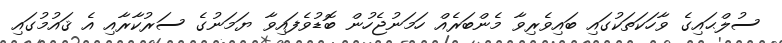
ސުލްޙައިގެ ވާހަކަތަކުގައި ބައިވެރިވާ މެންބަރެއް ހަމަނުޖެހުން ބޮޑުވެފައިވާ ޔަމަނުގެ ސަރުކާރާއި އެ ޤައުމުގައި